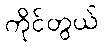
ကိုင်တွယ်